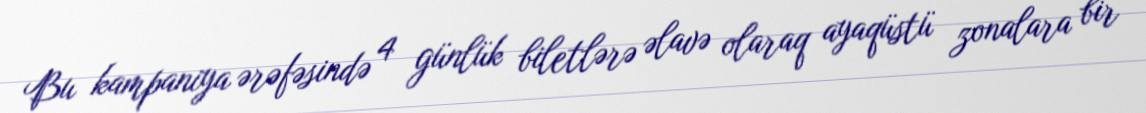
Bu kampaniya ərəfəsində 4 günlük biletlərə əlavə olaraq ayaqüstü zonalara bir